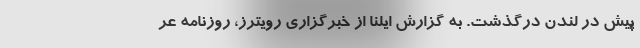
پیش در لندن درگذشت. به گزارش ایلنا از خبرگزاری رویترز، روزنامه عر